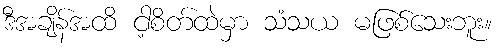
ဒီအချိန်အထိ ငါ့စိတ်ထဲမှာ သံသယ မဖြစ်သေးဘူး။